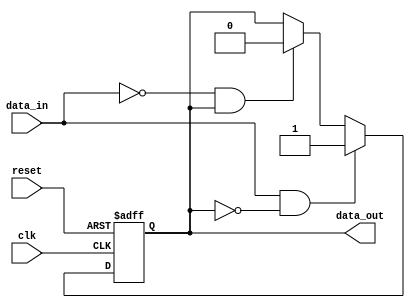
module schmitt_trigger_buffer (
    input wire clk,
    input wire reset,
    input wire data_in,
    output reg data_out
);

reg reg_data;

always @ (posedge clk or posedge reset)
begin
    if (reset)
        reg_data <= 1'b0;
    else if (data_in && !reg_data)
        reg_data <= 1'b1;
    else if (!data_in && reg_data)
        reg_data <= 1'b0;
end

assign data_out = reg_data;

endmodule